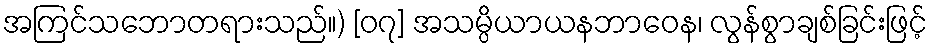
အကြင်သဘောတရားသည်။) [၀၇] အသမ္ပိယာယနဘာဝေန၊ လွန်စွာချစ်ခြင်းဖြင့်